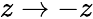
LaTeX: z\rightarrow-z